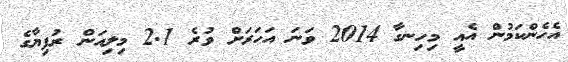
އެހެންކަމުން އެއީ މިހިނގާ 2014 ވަނަ އަހަރަށް ވުރެ 2.1 މިލިއަން ރުފިޔާގެ